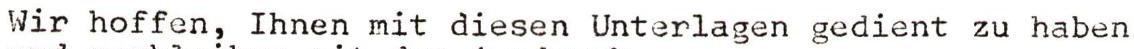
Wir hoffen, Ihnen mit diesen Unterlagen gedient zu haben